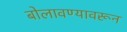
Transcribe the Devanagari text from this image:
बोलावण्यावरून